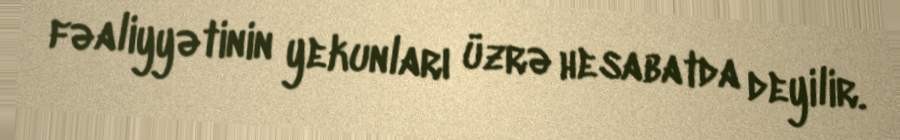
fəaliyyətinin yekunları üzrə hesabatda deyilir.